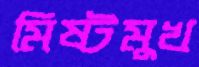
মিষ্টমুখ